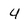
Character: 4